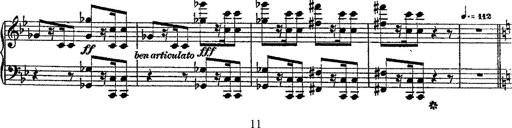
Title: Fantaisie romantique sur deux mÃ©lodies suisses
Composer: Franz Liszt